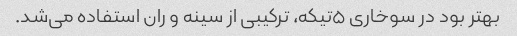
بهتر بود در سوخاری ۵تیکه، ترکیبی از سینه و ران استفاده می‌شد.